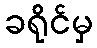
ခရိုင်မှ